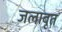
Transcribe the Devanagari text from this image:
जलावृत